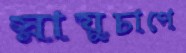
স্নায়ুচাপে